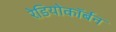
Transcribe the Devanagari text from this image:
रेडियोकॉर्बन